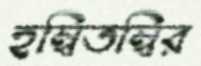
হম্বিতম্বির